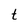
Character: t